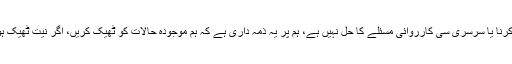
ان کا کہنا تھا کہ ایسے نامساعد حالات میں کچھ نہ کرنا یا سرسری سی کارروائی مسئلے کا حل نہیں ہے، ہم پر یہ ذمہ داری ہے کہ ہم موجودہ حالات کو ٹھیک کریں، اگر نیت ٹھیک ہو اور ارادے مضبوط ہوں تو کوئی چیز ناممکن نہیں۔